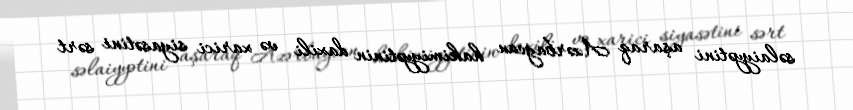
səlaiyyətini aşaraq Azərbaycan hakimiyyətinin daxili və xarici siyasətini sərt